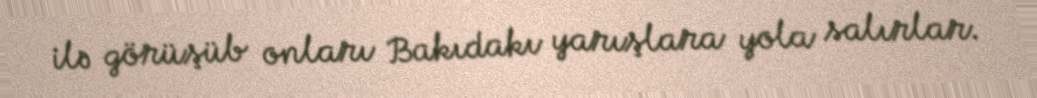
ilə görüşüb onları Bakıdakı yarışlara yola salırlar.